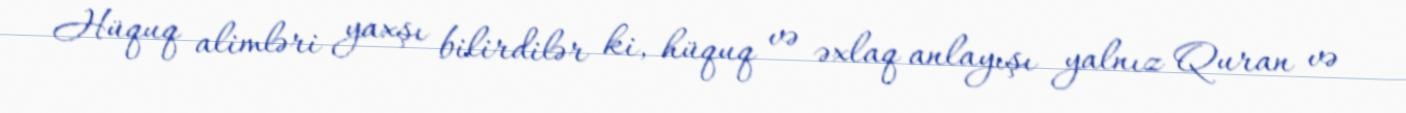
Hüquq alimləri yaxşı bilirdilər ki, hüquq və əxlaq anlayışı yalnız Quran və